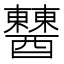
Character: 𨣹